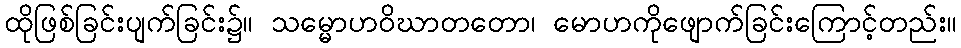
ထိုဖြစ်ခြင်းပျက်ခြင်း၌။ သမ္မောဟဝိဃာတတော၊ မောဟကိုဖျောက်ခြင်းကြောင့်တည်း။